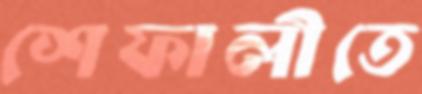
শেফালীতে